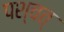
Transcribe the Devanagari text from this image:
पश्चत्